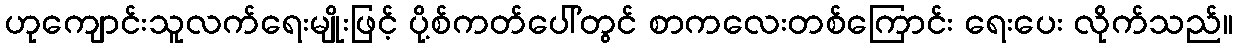
ဟုကျောင်းသူလက်ရေးမျိုးဖြင့် ပို့စ်ကတ်ပေါ်တွင် စာကလေးတစ်ကြောင်း ရေးပေး လိုက်သည်။